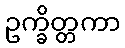
ဥက္ခိတ္တကာ